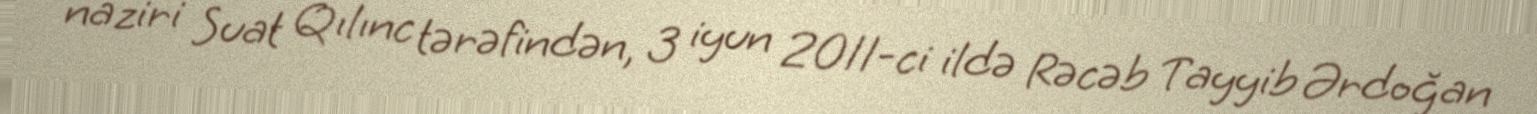
naziri Suat Qılınc tərəfindən, 3 iyun 2011-ci ildə Rəcəb Tayyib Ərdoğan